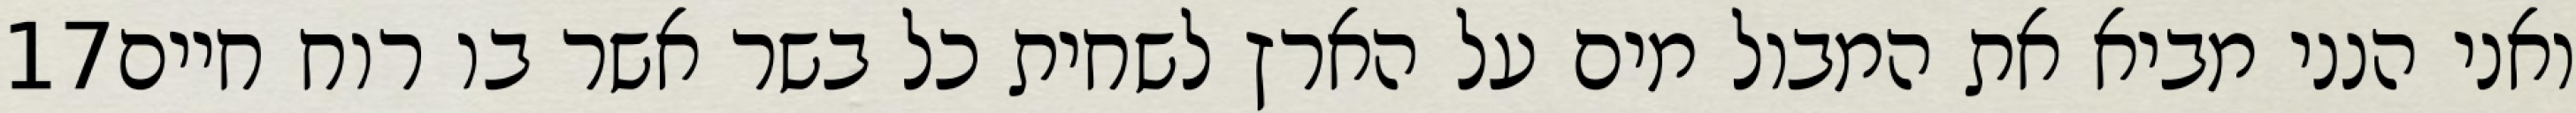
‎17‏ ואני הנני מביא את המבול מים על הארץ לשחית כל בשר אשר בו רוח חיים